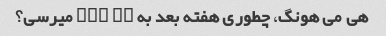
هی می هونگ، چطوری هفته بعد به xi' an میرسی؟